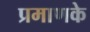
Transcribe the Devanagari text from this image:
प्रमाणके